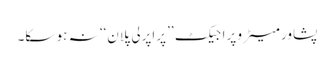
پشاور میٹرو پراجیکٹ ’’پراپرلی پلان‘‘ نہ ہو سکا۔